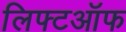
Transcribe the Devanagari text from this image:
लिफ्टऑफ